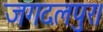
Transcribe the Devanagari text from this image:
जगदलपुर।